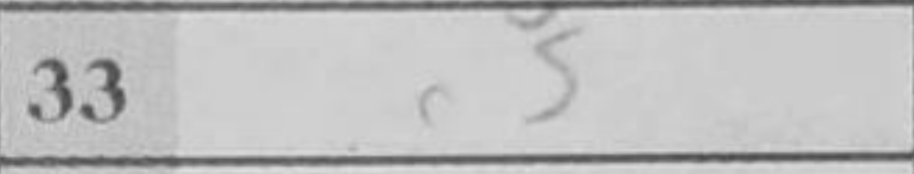
Transcription: c5